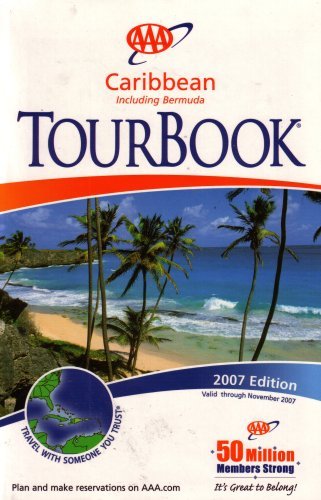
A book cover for AAA Caribbean Including Bermuda Tourbook: 2007 Edition (2007 Edition, 2007-100207); AAA; Travel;